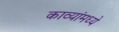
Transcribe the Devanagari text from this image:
काव्यांमध्ये